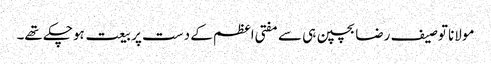
مولانا توصیف رضا بچپن ہی سے مفتی اعظم کے دست پر بیعت ہوچکے تھے۔